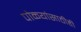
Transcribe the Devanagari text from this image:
पोळ्यांसाठीही